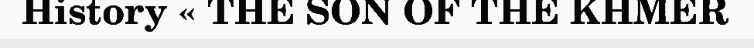
History « THE SON OF THE KHMER